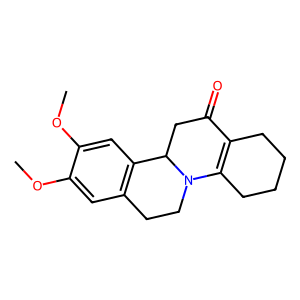
SMILES: COc1cc2c(cc1OC)C1CC(=O)C3=C(CCCC3)N1CC2
Inhibits HIV replication: No